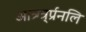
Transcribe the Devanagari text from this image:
आत्र्ग्त्र्र्प्रनलि